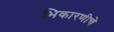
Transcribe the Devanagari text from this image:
भिकारणीचे